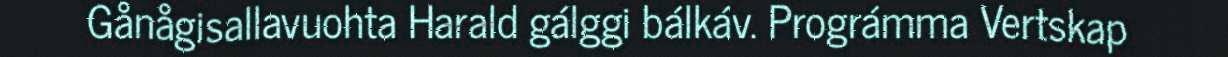
Gånågisallavuohta Harald gálggi bálkáv. Prográmma Vertskap